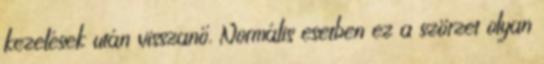
kezelések után visszanő. Normális esetben ez a szörzet olyan